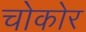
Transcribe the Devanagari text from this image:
चोकोर